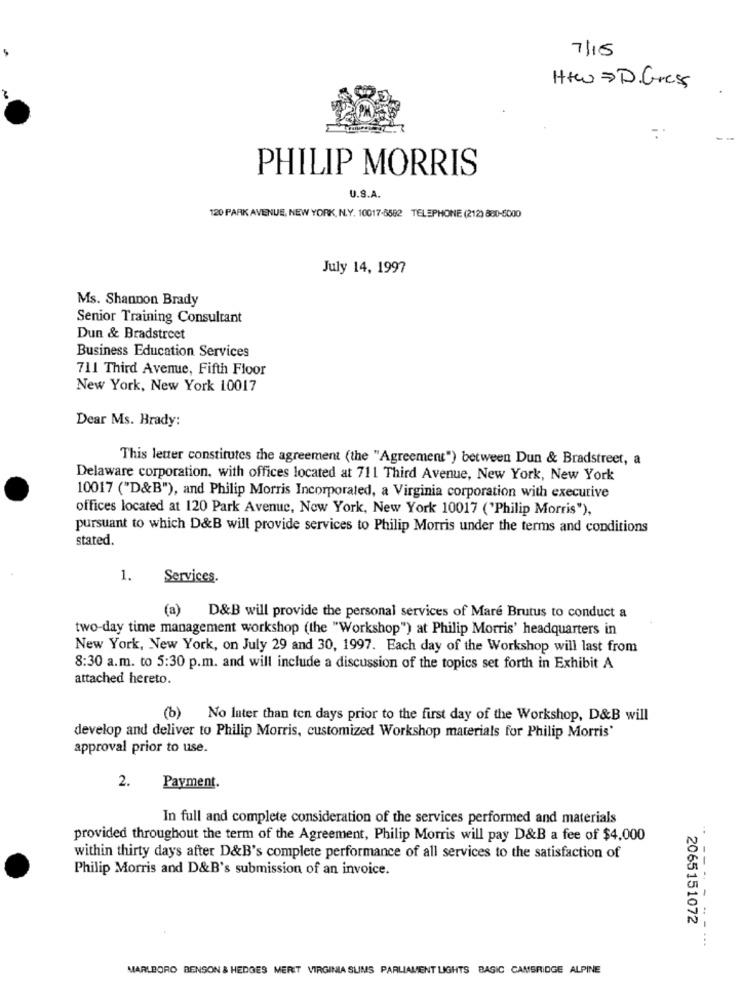
7/15
Htw = D. Gress
PHILIP MORRIS
U.S.A.
120 PARK AVENUE, NEW YORK, N.Y. 10017-6582 TELEPHONE (212) 800-5000
July 14, 1997
Ms. Shannon Brady
Senior Training Consultant
Dun & Bradstreet
Business Education Services
711 Third Avenue, Fifth Floor
New York, New York 10017
Dear Ms. Brady:
This letter constitutes the agreement (the "Agreement") between Dun & Bradstreet, a
Delaware corporation, with offices located at 711 Third Avenue, New York, New York
10017 ("D&B"), and Philip Morris Incorporated, a Virginia corporation with executive
offices located at 120 Park Avenue, Now York, New York 10017 ('Philip Morris"),
pursuant to which D&B will provide services to Philip Morris under the terms and conditions
stated.
1.
Services.
(a) D&B will provide the personal services of Mare Brutus to conduct a
two-day time management workshop (the "Workshop") at Philip Morris' headquarters in
New York, New York, on July 29 and 30, 1997. Each day of the Workshop will last from
8:30 a.m. to 5:30 p.m. and will include a discussion of the topics set forth in Exhibit A
attached hereto.
(b)
No later than ten days prior to the first day of the Workshop, D&B will
develop and deliver to Philip Morris, customized Workshop materials for Philip Morris'
approval prior to use.
2.
Payment.
In full and complete consideration of the services performed and materials
provided throughout the term of the Agreement, Philip Morris will pay D&B a fee of $4,000
within thirty days after D&B's complete performance of all services to the satisfaction of
Philip Morris and D&B's submission of an invoice.
2065151072
- --- - ---..
MARLBORO BENSON & HEDGES MERIT VIRGINIA SUMS PARLIAMENT LIGHTS BASIC CAMBRIDGE ALPINE